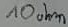
Text: 10ohm